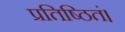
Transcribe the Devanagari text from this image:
प्रतिष्ठितं।